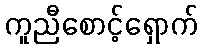
ကူညီစောင့်ရှောက်